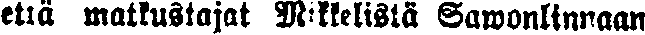
että matkustajat Mikkelistä Savonlinnaan